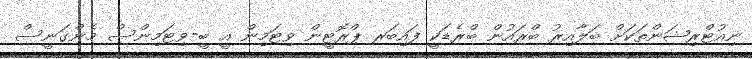
ނިއުޓްރިޝަންތަކަށް ބަލާއިރު ބްރައުން ބްރެޑަކީ ފައިބަރ ޕްރޮޓީން ވިޓަމިން އީ ބީ-ވިޓަމިންސް މެންގަނީސް